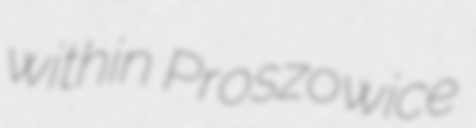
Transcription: within Proszowice